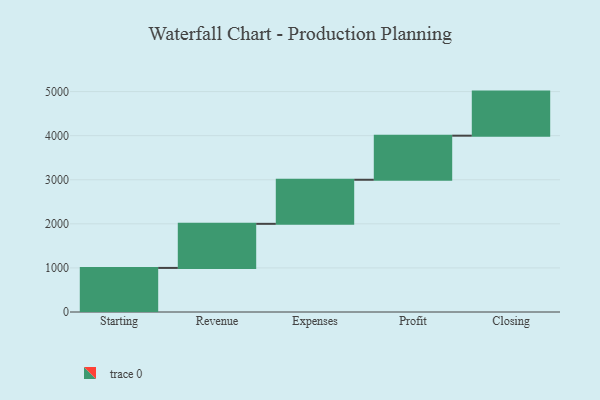
{"axis": {"x": "Step", "y": "Value"}, "legend": [""], "data": [{"x": "Starting", "y": 1000, "type": ""}, {"x": "Revenue", "y": 1000, "type": ""}, {"x": "Expenses", "y": 1000, "type": ""}, {"x": "Profit", "y": 1000, "type": ""}, {"x": "Closing", "y": 1000, "type": ""}]}